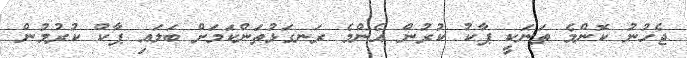
ޖެހުނު ކޮންމެ ތަނަކީ ޕާކު ކުރުން އެންމެ ރަނގަޅުތަންކަމަށް ބަލައި ޕާކް ކުރުމުން